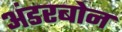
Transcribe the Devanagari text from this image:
अंडरबोन